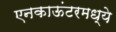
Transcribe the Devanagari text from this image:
एनकाऊंटरमध्ये